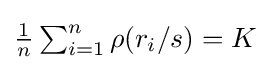
{\textstyle {\frac {1}{n}}\sum _{i=1}^{n}\rho (r_{i}/s)=K}